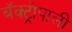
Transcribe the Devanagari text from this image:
बॅक्ट्रोपाली